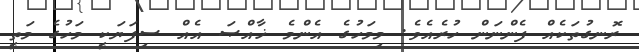
ރޮނގުތަކެއް ފެންނަން ހުރެއެވެ. މިމަހުގެ އެންމެ ޚާއްޞަ އެއް ސިފަޔަކީ މަހުގެ މަތީ